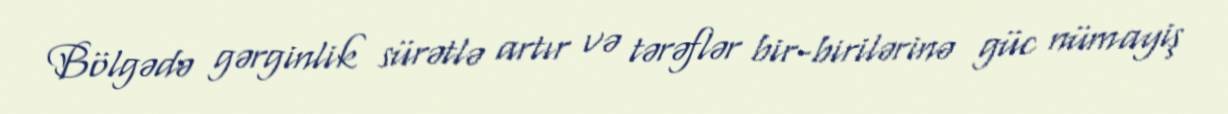
Bölgədə gərginlik sürətlə artır və tərəflər bir-birilərinə güc nümayiş